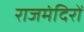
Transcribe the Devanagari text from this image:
राजमंदिरों